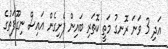
އަދި 3 ވަނަ ރޮނގު މަތީ ކޮތަރި ބައިން ފެށިގެން އައިސް ނިގޫފަތުގެ